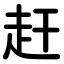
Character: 赶